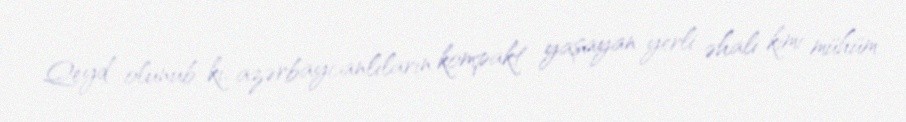
Qeyd olunub ki, azərbaycanlıların kompakt yaşayan yerli əhali kimi mühüm